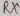
Text: RX